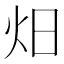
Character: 𭴌